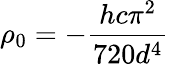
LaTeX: \rho_{0}=-\frac{hc\pi^{2}}{720d^{4}}